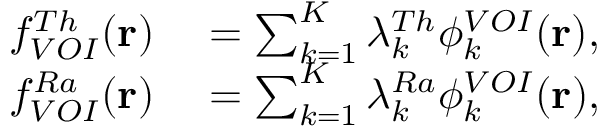
\begin{array} { r l } { f _ { V O I } ^ { T h } ( \mathbf { r } ) } & { { } = \sum _ { k = 1 } ^ { K } \lambda _ { k } ^ { T h } \phi _ { k } ^ { V O I } ( \mathbf { r } ) , } \\ { f _ { V O I } ^ { R a } ( \mathbf { r } ) } & { { } = \sum _ { k = 1 } ^ { K } \lambda _ { k } ^ { R a } \phi _ { k } ^ { V O I } ( \mathbf { r } ) , } \end{array}